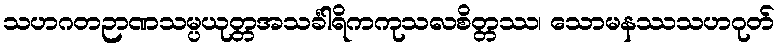
သဟဂတဉာဏသမ္ပယုတ္တအသင်္ခါရိကကုသလစိတ္တဿ၊ သောမနဿသဟဂုတ်